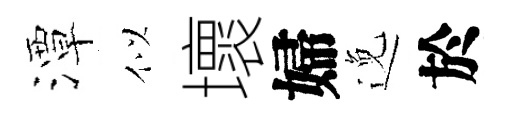
潭似壞婦𨓜於